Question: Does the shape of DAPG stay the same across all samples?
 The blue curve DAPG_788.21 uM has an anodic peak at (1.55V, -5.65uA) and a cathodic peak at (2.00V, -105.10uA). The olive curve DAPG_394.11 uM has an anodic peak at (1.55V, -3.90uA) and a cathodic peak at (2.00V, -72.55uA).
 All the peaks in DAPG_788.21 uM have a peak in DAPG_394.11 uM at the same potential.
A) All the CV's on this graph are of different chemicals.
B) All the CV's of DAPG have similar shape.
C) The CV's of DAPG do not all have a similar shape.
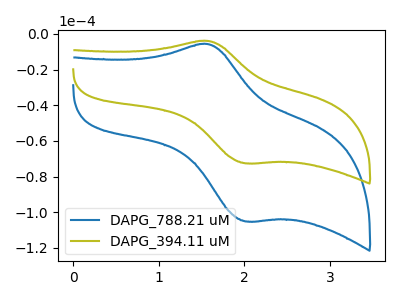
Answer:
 <answer>B) All the CV's of "DAPG" have similar shape.</answer>
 <eval>B</eval>